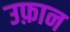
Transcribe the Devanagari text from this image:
उफ़ान